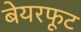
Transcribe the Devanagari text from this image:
बेयरफूट